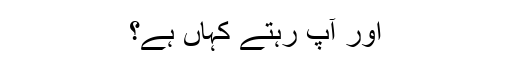
اور آپ رہتے کہاں ہے؟